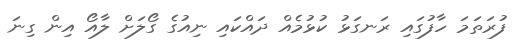
ފުރަަތަމަ ހާފުގައި ރަނގަޅު ކުޅުމެއް ދައްކައި ނިއުގެ ގޯލަށް ލާއޯ އިން ގިނަ